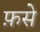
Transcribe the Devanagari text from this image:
फ़से